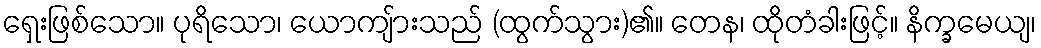
ရှေးဖြစ်သော။ ပုရိသော၊ ယောကျ်ားသည် (ထွက်သွား)၏။ တေန၊ ထိုတံခါးဖြင့်။ နိက္ခမေယျ၊